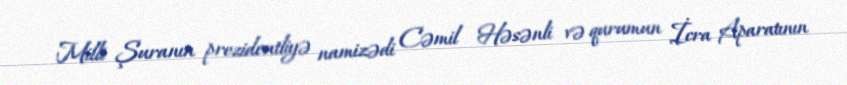
Milli Şuranın prezidentliyə namizədi Cəmil Həsənli və qurumun İcra Aparatının